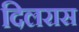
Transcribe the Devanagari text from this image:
दिलरास